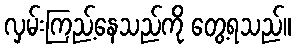
လှမ်းကြည့်နေသည်ကို တွေ့ရသည်။